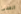
السئ